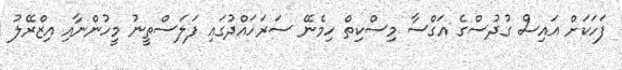
ފަހަކަށް އައިސް ގުދުސްގެ އަގްސާ މިސްކިތް ހިމެނޭ ސަރަހައްދުގައި ފަލަސްތީނު މީހުންނާއި އިޒްރޭލު